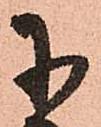
に